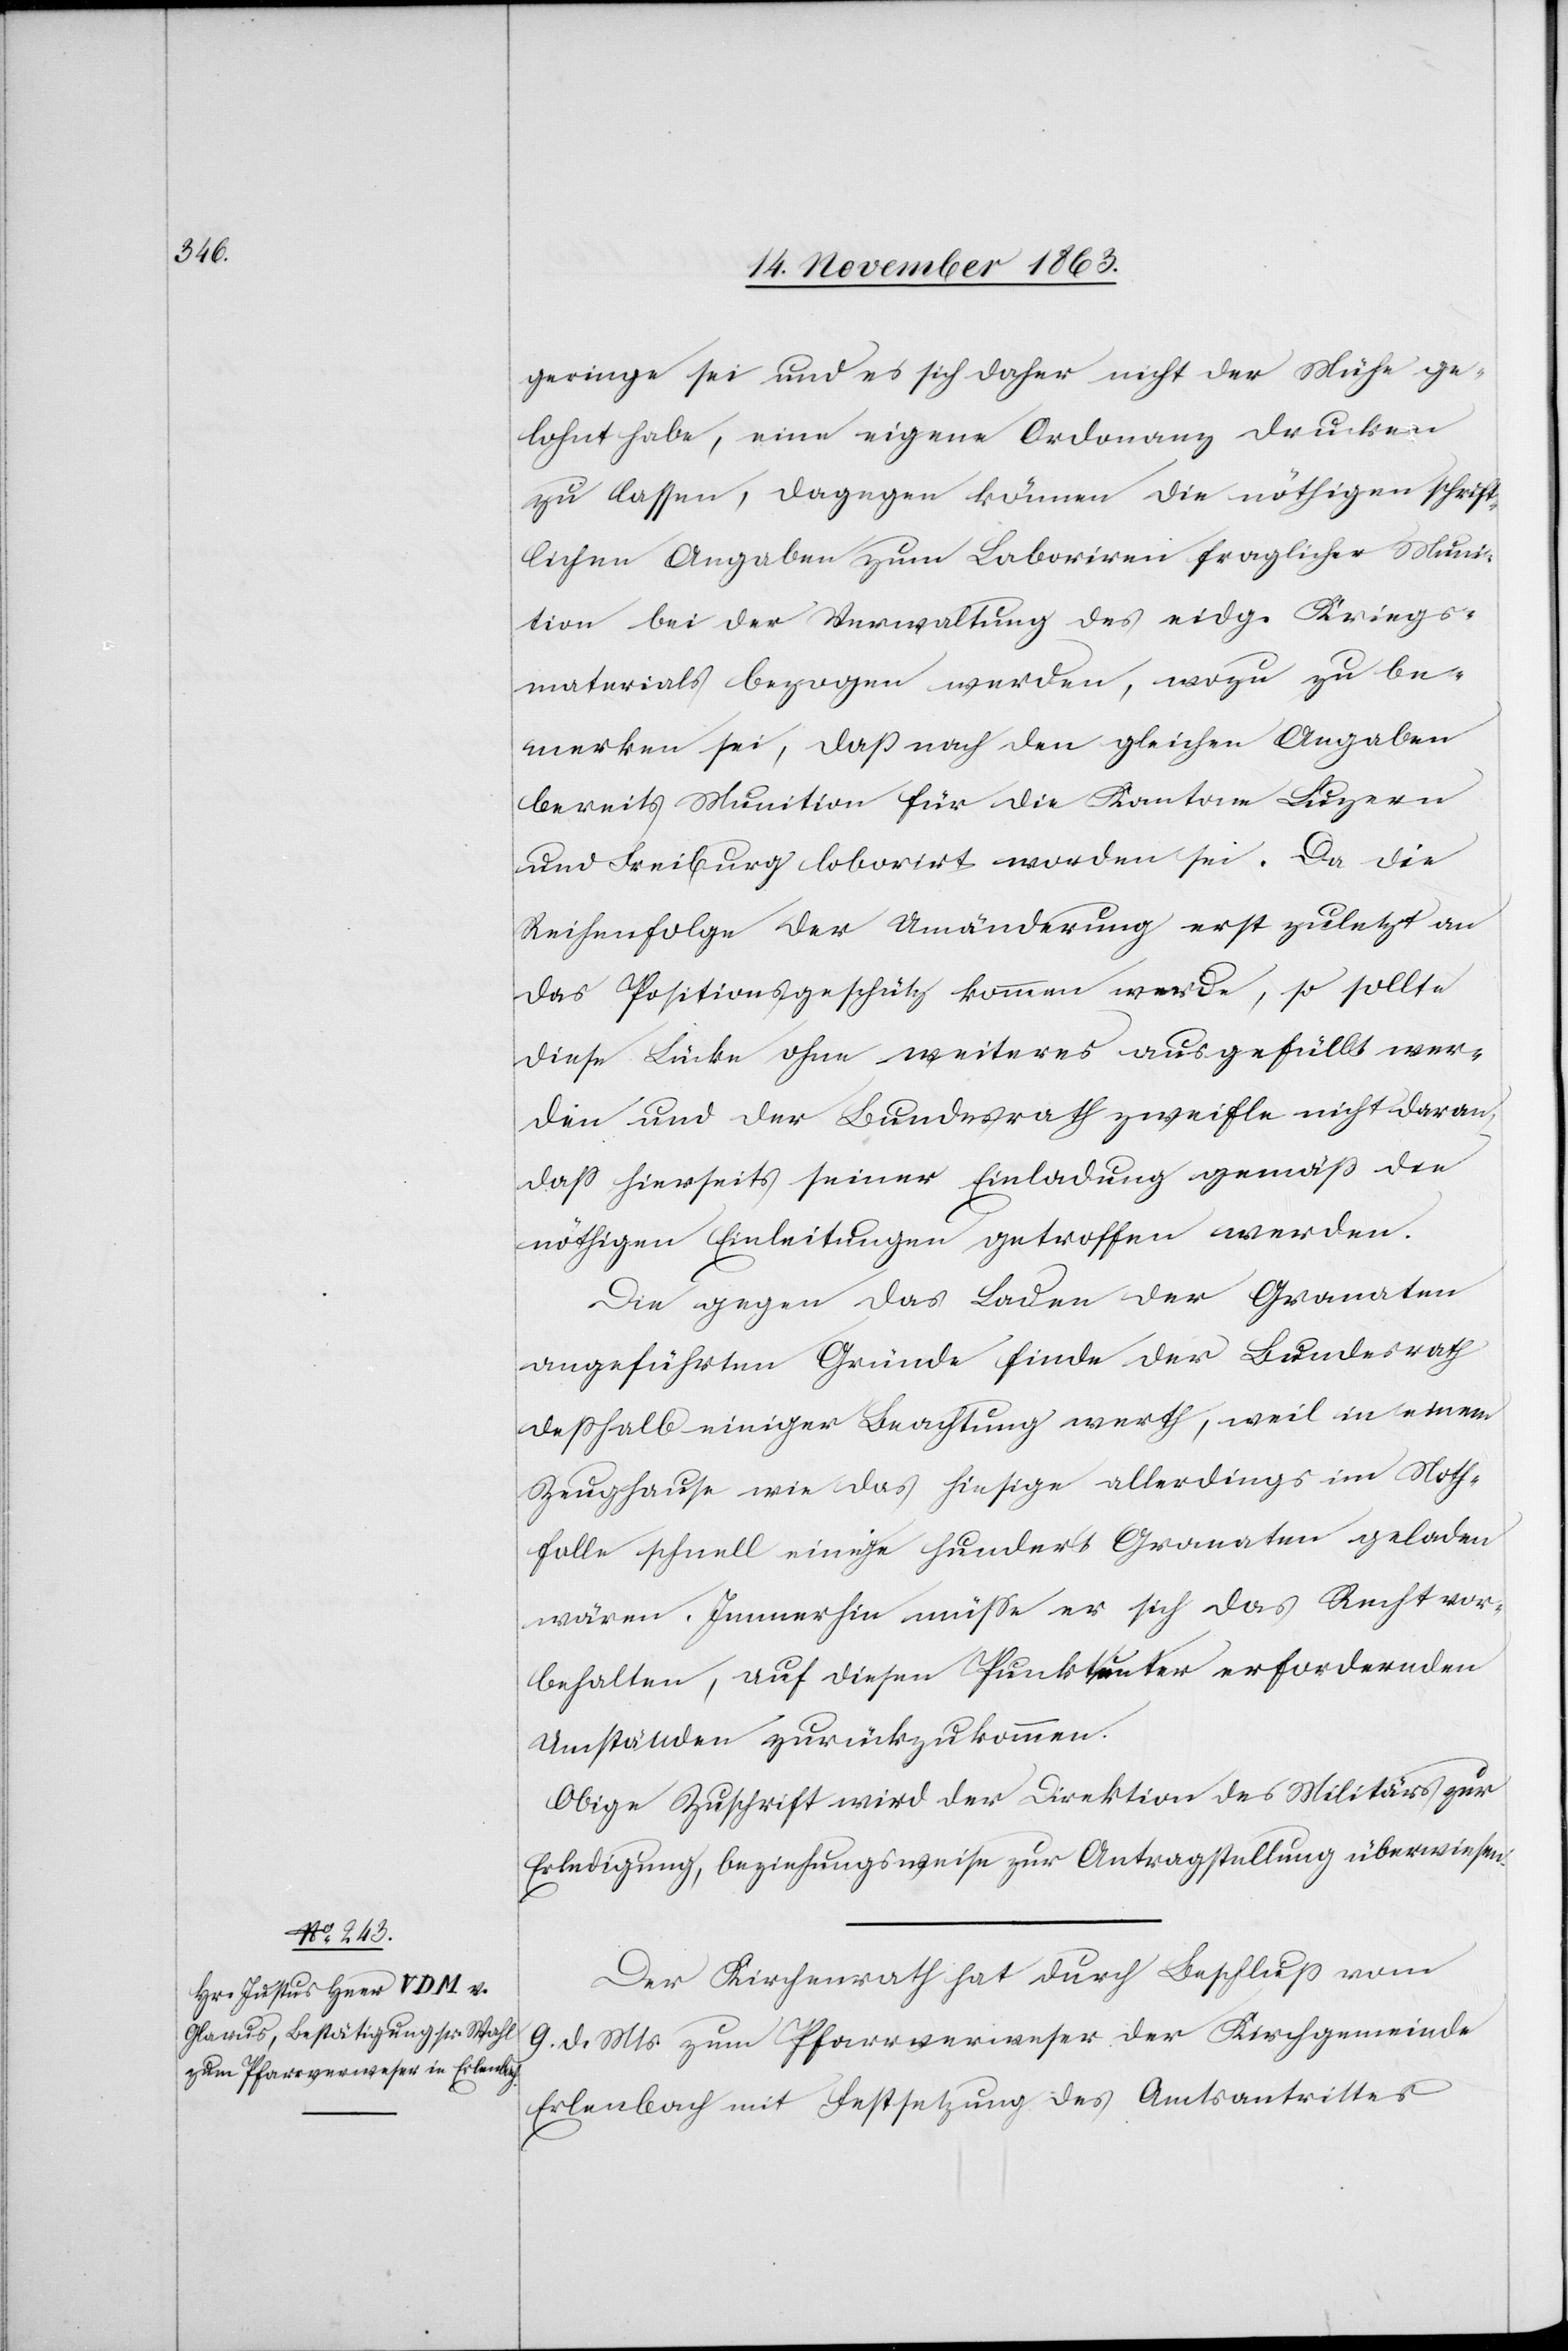
geringe sei und es sich daher nicht der Mühe ge¬
lohnt habe, eine eigene Ordonanz drucken
zu lassen, dagegen können die nöthigen schrift¬
lichen Angaben zum Laboriren fraglicher Muni¬
tion bei der Verwaltung des eidg. Kriegs¬
materials bezogen werden, wozu zu be¬
merken sei, dass nach den gleichen Angaben
bereits Munition für die Kantone Luzern
und Freiburg loborirt [sic!] worden sei. Da die
Reihenfolge der Umänderung erst zuletzt an
das Positionsgeschütz kommen werde, so sollte
diese Lücke ohne weiteres ausgefüllt wer¬
den und der Bundesrath zweifle nicht daran,
dass hierseits seiner Einladung gemäß die
nöthigen Einleitungen getroffen werden.
Die gegen das Laden der Granaten
angeführten Gründe finde der Bundesrath
desshalb einiger Beachtung werth, weil in einem
Zeughause wie das hiesige allerdings im Noth¬
falle schnell einige hundert Granaten geladen
wären. Immerhin müsse er sich das Recht vor¬
behalten, auf diesen Punkt unter erfordernden
Umständen zurückzukommen.
Obige Zuschrift wird der Direktion des Militärs zur
Erledigung, beziehungsweise zur Antragstellung überwiesen.
Der Kirchenrath hat durch Beschluss vom
9. d. Mts. zum Pfarrverweser der Kirchgemeinde
Erlenbach mit Festsetzung des Amtsantrittes